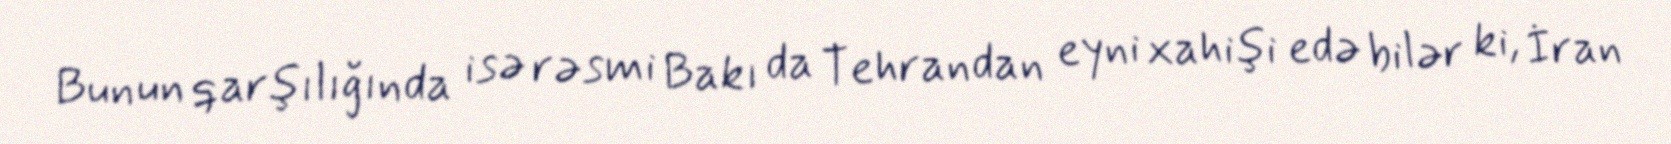
Bunun qarşılığında isə rəsmi Bakı da Tehrandan eyni xahişi edə bilər ki, İran